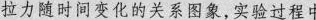
拉力随时间变化的关系图象，实验过程中